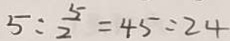
5 : \frac { 5 } { 2 } = 4 5 : 2 4